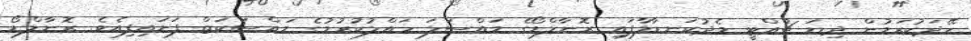
ހޭދަކުރަމުން ދިޔަ ޗުއްޓީ މެދުކަނޑާލާފައި ރޮނާލްޑޯގެ މައްސަލަ ހައްލުކުރުމުގެ މައްސަކަތް ފަށައިފިއެވެ. ރޮނާލްޑޯ